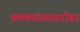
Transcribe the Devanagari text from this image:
भ्रमणमंडळाबरोबर